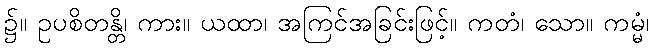
၌။ ဥပစိတန္တိ၊ ကား။ ယထာ၊ အကြင်အခြင်းဖြင့်။ ကတံ၊ သော။ ကမ္မံ၊